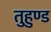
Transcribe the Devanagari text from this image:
तुहुण्ड